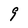
Character: 9